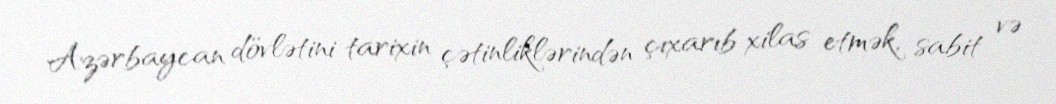
Azərbaycan dövlətini tarixin çətinliklərindən çıxarıb xilas etmək, sabit və